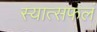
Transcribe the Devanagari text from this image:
स्यात्सफलं